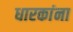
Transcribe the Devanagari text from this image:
धारकांना